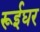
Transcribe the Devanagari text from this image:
रूईघर